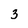
Character: 3